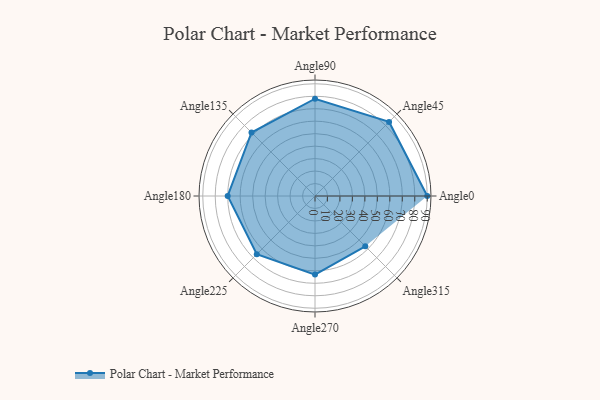
{"axis": {"x": "Angle", "y": "Radius"}, "legend": [""], "data": [{"x": "Angle0", "y": 90.0, "type": ""}, {"x": "Angle45", "y": 84.0, "type": ""}, {"x": "Angle90", "y": 78.0, "type": ""}, {"x": "Angle135", "y": 72.0, "type": ""}, {"x": "Angle180", "y": 70.0, "type": ""}, {"x": "Angle225", "y": 66.0, "type": ""}, {"x": "Angle270", "y": 63.0, "type": ""}, {"x": "Angle315", "y": 57.0, "type": ""}]}